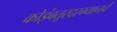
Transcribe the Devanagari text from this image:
कोइंबतूरदरम्यानचे